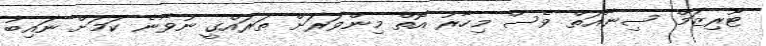
ޓޫރިޒަމް ސިނާއަތް ވެސް މިހާރު އޮތް މިންވަރަށް ތަރައްގީ ނުވާނެ ކަމަށް ނައިބު